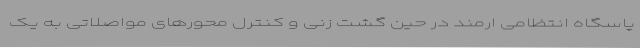
پاسگاه انتظامی ارمند در حین گشت زنی و کنترل محورهای مواصلاتی به یک